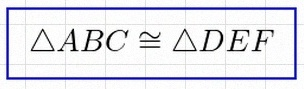
\triangle ABC\cong\triangle DEF